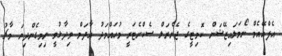
އެފްއޭއެމް ނޯމަލައިޒޭޝަން ކޮމިޓީގެ ޖެނެރަލް ސެކްރެޓަރީ މުހައްމަދު އާދަމް ވިދާޅުވީ ނިމިގެންދިޔަ މާޗު